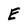
Character: E